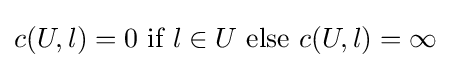
{\begin{aligned}c(U,l)=0{\mbox{ if }}l\in U{\mbox{ else }}c(U,l)=\infty \\\end{aligned}}